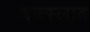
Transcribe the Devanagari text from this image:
वात्स्लाव